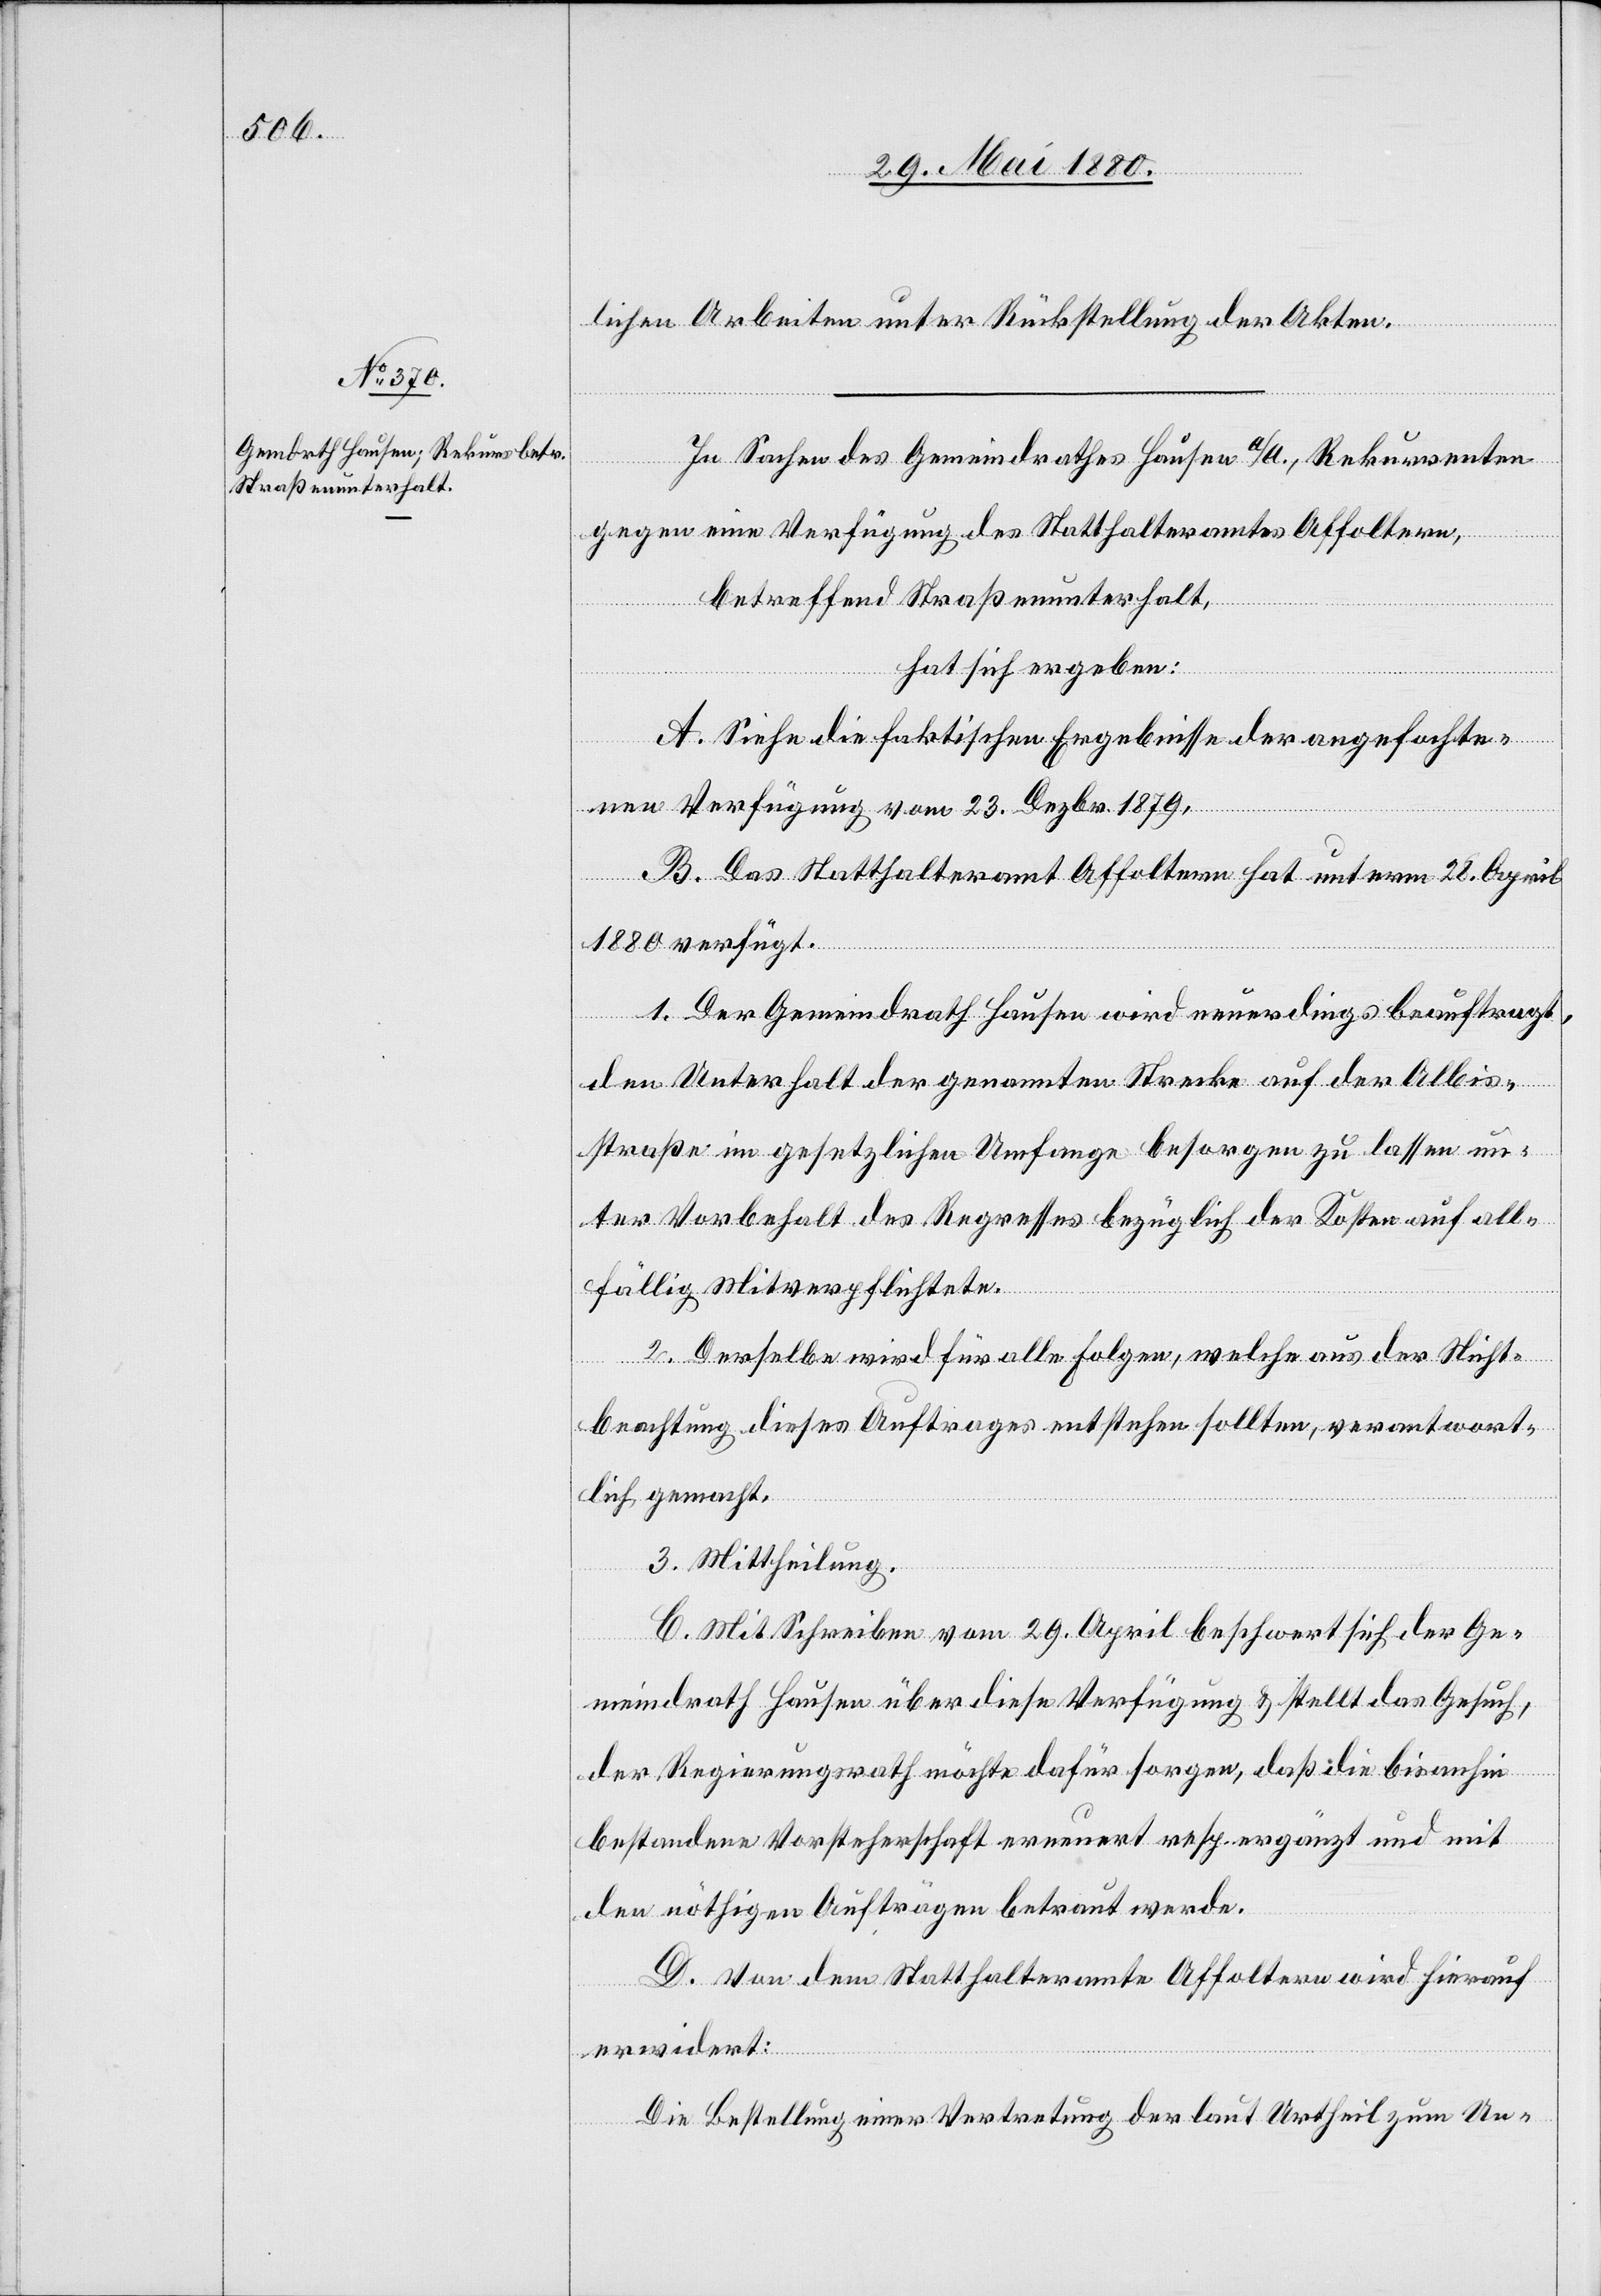
In Sachen des Gemeindrathes Hausen a/A., Rekurrenten
gegen eine Verfügung des Statthalteramtes Affoltern,
betreffend Straßenunterhalt,
hat sich ergeben:
A. Siehe die faktischen Ergebnisse der angefochte¬
nen Verfügung vom 23. Dezbr. 1879.
B. Das Statthalteramt Affoltern hat unterm 28. April
1880 verfügt:
1. Der Gemeindrath Hausen wird neuerdings beauftragt,
den Unterhalt der genannten Strecke auf der Albis¬
straße im gesetzlichen Umfange besorgen zu lassen un¬
ter Vorbehalt des Regresses bezüglich der Kosten auf all¬
fällig Mitverpflichtete.
2. Derselbe wird für alle Folgen, welche aus der Nicht¬
beachtung dieses Auftrages entstehen sollten, verantwort¬
lich gemacht.
3. Mittheilung.
C. Mit Schreiben vom 29. April beschwert sich der Ge¬
meindrath Hausen über diese Verfügung & stellt das Gesuch,
der Regierungsrath möchte dafür sorgen, daß die bisanhin
bestandene Vorsteherschaft erneuert resp. ergänzt und mit
den nöthigen Aufträgen betraut werde.
D. Von dem Statthalteramte Affoltern wird hierauf
erwidert:
Die Bestellung einer Vertretung der laut Urtheil zum Un-